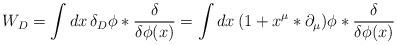
\begin{align*}W_D=\int dx\,\delta_D\phi*{\delta\over\delta\phi(x)}= \int dx\,(1+x^\mu*\partial_\mu)\phi*{\delta\over\delta\phi(x)}\end{align*}